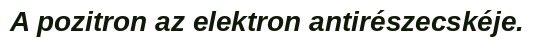
A pozitron az elektron antirészecskéje.